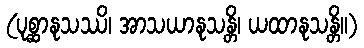
(ပုစ္ဆာနုသဿိ၊ အာသယာနုသန္တိ၊ ယထာနုသန္တိ။)